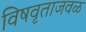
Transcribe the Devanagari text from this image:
विषवृताजवळ